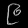
Digit: ၉